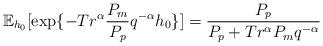
LaTeX: \begin{align*}\mathbb{E}_{h_0}[\exp\{-Tr^\alpha\frac{P_m}{P_p} {q}^{-\alpha}{h_0}\}]=\frac{P_p}{P_p+Tr^\alpha P_m {q}^{-\alpha}}\end{align*}